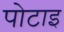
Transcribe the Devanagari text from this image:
पोटाइ